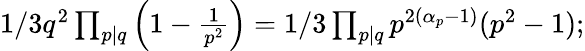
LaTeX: \begin{array}{r}{1/3q^{2}\prod_{p|q}\left(1-\frac{1}{p^{2}}\right)=1/3\prod_{p|q}p^{2(\alpha_{p}-1)}(p^{2}-1);}\end{array}